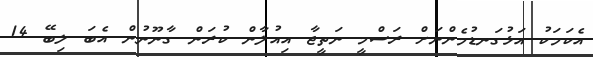
އެކަމަކު އަޅުގަނޑުމެންނަށް ރަސްމީ ނަތީޖާ އިއުލާން ކުރަން ގާނޫނުން އެބަ ލިބޭ 14